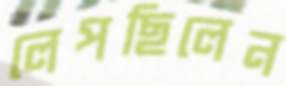
লেপছিলেন